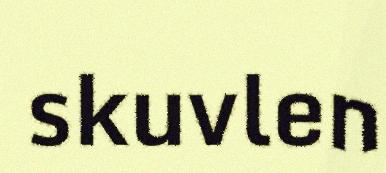
skuvlen